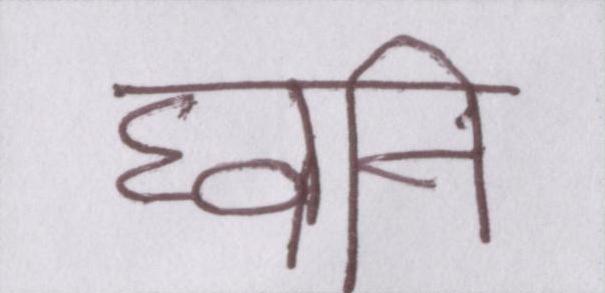
घ्वनि